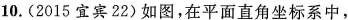
10.(2015宜宾22)如图，在平面直角坐标系中，